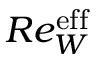
R e _ { W } ^ { \mathrm { e f f } }